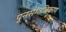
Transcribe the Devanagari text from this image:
पुनर्समाजिकरण